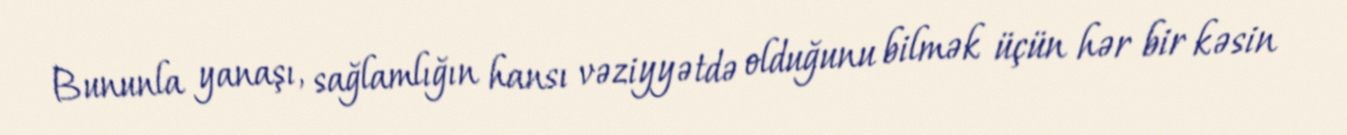
Bununla yanaşı, sağlamlığın hansı vəziyyətdə olduğunu bilmək üçün hər bir kəsin